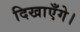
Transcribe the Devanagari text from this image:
दिखाएँगे।